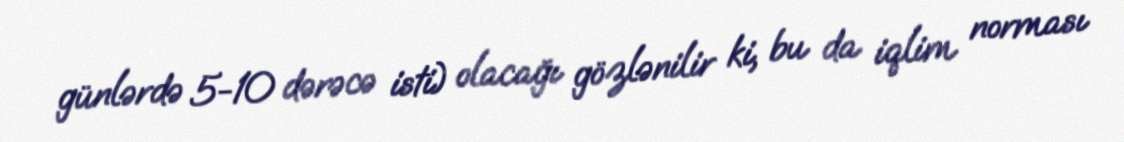
günlərdə 5-10 dərəcə isti) olacağı gözlənilir ki, bu da iqlim norması